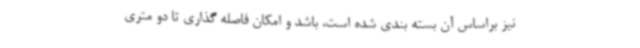
نیز براساس آن بسته بندی شده است، باشد و امکان فاصله گذاری تا دو متری